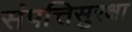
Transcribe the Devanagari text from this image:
संपत्तिसुरक्षा